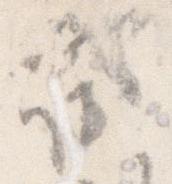
減